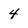
Character: 4